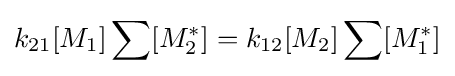
k_{21}[M_{1}]\sum [M_{2}^{*}]=k_{12}[M_{2}]\sum [M_{1}^{*}]